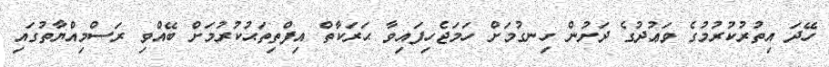
ހޭދަ އިތުރުކުރުމުގެ ވަޢުދުގެ ދަށުން ހިނގުމަށް ހަމަޖެހިފައިވާ ޙަރަކާތް އިފްތިތަޙުކުރުމަށް ބޭއްވި ރަސްމިއްޔާތުގައި